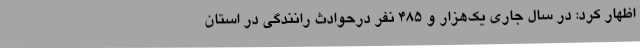
اظهار کرد: در سال جاری یک‌هزار و 485 نفر درحوادث رانندگی در استان